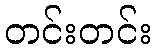
တင်းတင်း